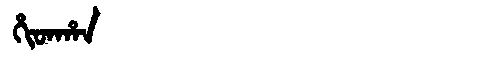
Manchu: ᡥᡳᡨᡥᠠᠨ
Romanization: HITHAN